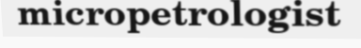
micropetrologist